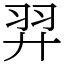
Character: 羿